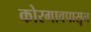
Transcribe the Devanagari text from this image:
कोरगावपासून